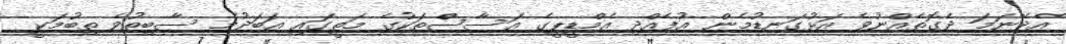
އެދޭނަމަ ދެގޮތެއްނުވެ އަޅުގަނޑުމެން އުފެއްދި އެމްޑީޕީގެ އަސާސްތަކުގެ މަތީގައި އަބަދުމެ ސާބިތުވެ ތިބުމަކީ